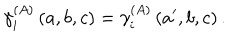
\gamma _ { i } ^ { \left( A \right) } \left( a , b , c \right) = \gamma _ { i } ^ { \left( A \right) } \left( a ^ { \prime } , b , c \right) .